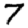
Digit: 7